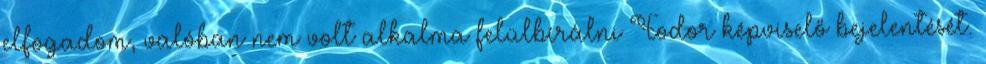
elfogadom, valóban nem volt alkalma felülbírálni Fodor képviselő bejelentését.